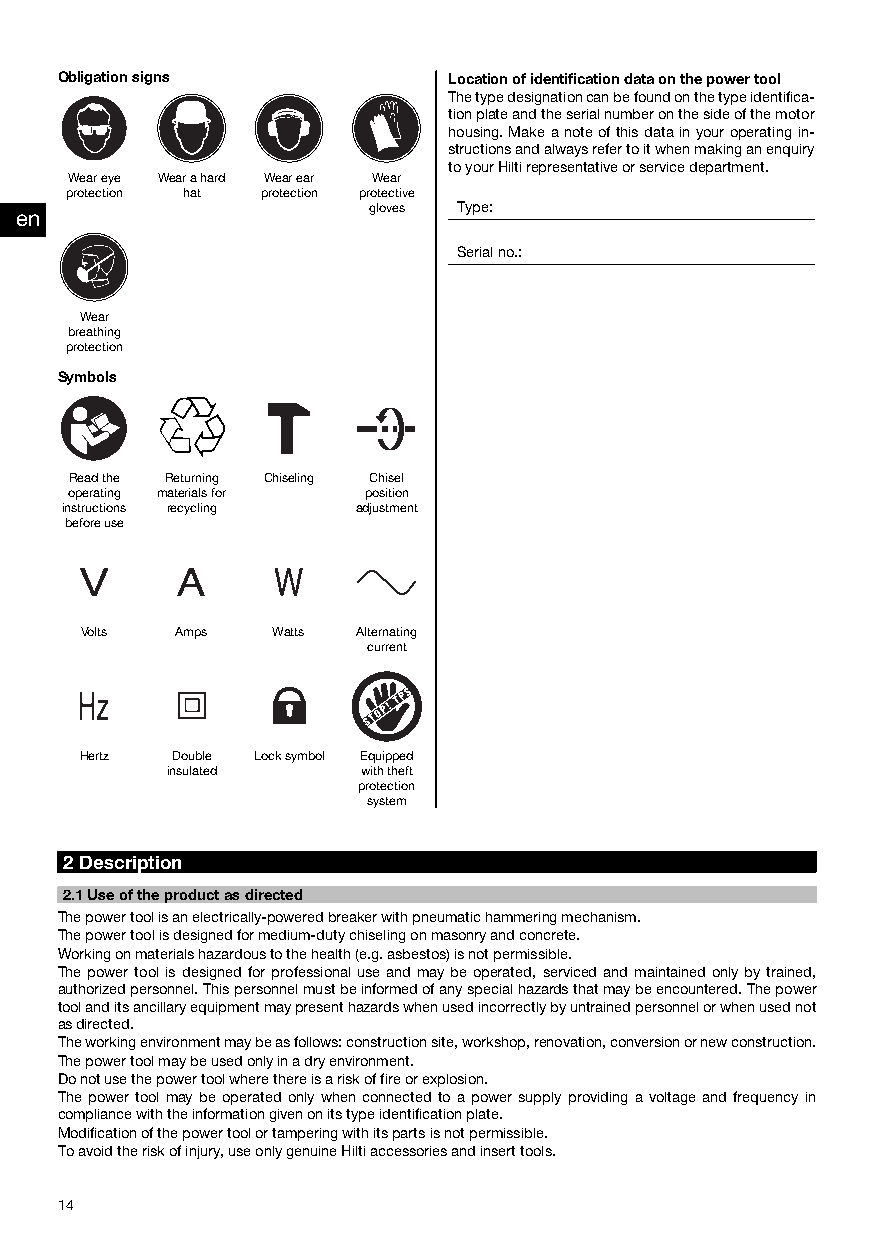
Obligationsigns           Locationofidentificationdataonthepowertool
 Thetypedesignationcanbefoundonthetypeidentifica-
 tionplateandtheserialnumberonthesideofthemotor
 housing.Makeanoteofthisdatainyouroperatingin-
 structionsandalwaysrefertoitwhenmakinganenquiry
 toyourHiltirepresentativeorservicedepartment.
 Weareye Wearahard Wearear Wear
 protection hat protection protective
 gloves Type:
 en
 Serialno.:
 Wear
 breathing
 protection
 Symbols
 Readthe Returning Chiseling Chisel
 operating materialsfor position
 instructions recycling adjustment
 beforeuse
 Volts  Amps  Watts Alternating
 current
 Hertz  Double Locksymbol Equipped
 insulated    withtheft
 protection
 system
 2Description
 2.1Useoftheproductasdirected
 Thepowertoolisanelectrically-poweredbreakerwithpneumatichammeringmechanism.
 Thepowertoolisdesignedformedium-dutychiselingonmasonryandconcrete.
 Workingonmaterialshazardoustothehealth(e.g.asbestos)isnotpermissible.
 Thepower tool isdesignedfor professional useandmaybe operated, servicedandmaintainedonlybytrained,
 authorizedpersonnel.Thispersonnelmustbeinformedofanyspecialhazardsthatmaybeencountered.Thepower
 toolanditsancillaryequipmentmaypresenthazardswhenusedincorrectlybyuntrainedpersonnelorwhenusednot
 asdirected.
 Theworkingenvironmentmaybeasfollows:constructionsite,workshop,renovation,conversionornewconstruction.
 Thepowertoolmaybeusedonlyinadryenvironment.
 Donotusethepowertoolwherethereisariskoffireorexplosion.
 The power tool may be operated only when connected to a power supply providing a voltage and frequency in
 compliancewiththeinformationgivenonitstypeidentificationplate.
 Modificationofthepowertoolortamperingwithitspartsisnotpermissible.
 Toavoidtheriskofinjury,useonlygenuineHiltiaccessoriesandinserttools.
 14
 Printed: 16.05.2014 | Doc-Nr: PUB / 5142390 / 000 / 01